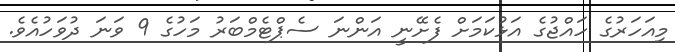
މިއަހަރުގެ ހައްޖުގެ އަޅުކަމަށް ފެށޭނީ އަންނަ ސެޕްޓެމްބަރު މަހުގެ 9 ވަނަ ދުވަހުއެވެ.